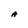
Character: A